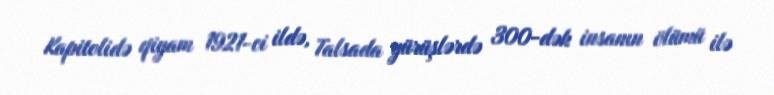
Kapitolidə qiyam 1921-ci ildə, Talsada yürüşlərdə 300-dək insanın ölümü ilə